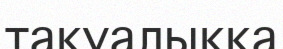
тақуалыққа